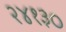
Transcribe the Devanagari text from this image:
२४१३०